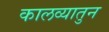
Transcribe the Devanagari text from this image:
कालव्यातुन